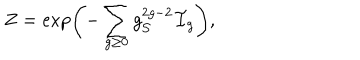
Z = \exp \left( - \sum _ { g \geq 0 } g _ { \cal S } ^ { 2 g - 2 } { \cal F } _ { g } \right) ,